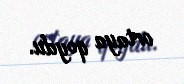
ortaya qoydu.